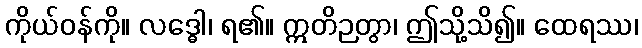
ကိုယ်ဝန်ကို။ လဒ္ဓေါ၊ ရ၏။ ဣတိဉတွာ၊ ဤသို့သိ၍။ ထေရဿ၊